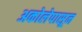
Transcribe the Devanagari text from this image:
अकोलेपासून